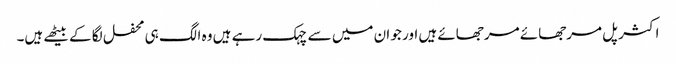
اکثر پل مرجھائے مرجھائے ہیں اور جو ان میں سے چہک رہے ہیں وہ الگ ہی محفل لگا کے بیٹھے ہیں۔